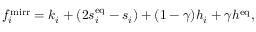
f _ { i } ^ { \mathrm { m i r r } } = k _ { i } + \left( 2 s _ { i } ^ { \mathrm { e q } } - s _ { i } \right) + ( 1 - \gamma ) h _ { i } + \gamma h ^ { \mathrm { e q } } ,